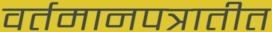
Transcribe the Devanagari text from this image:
वर्तमानपत्रातीत